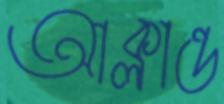
আক্লান্ত